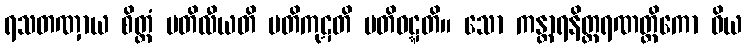
ရသတဏှာယ စိတ္တံ ပတိလီယတိ ပတိကုဋတိ ပတိဝဋ္ဋတိ။ သော ကန္တာရနိတ္ထရဏတ္ထိကော ဝိယ